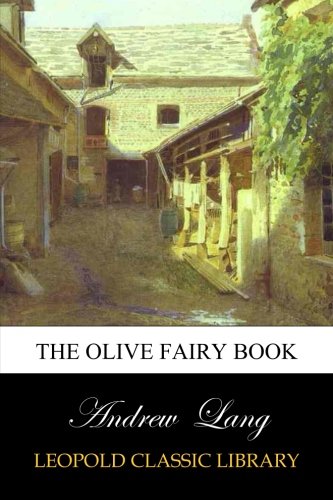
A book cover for The Olive Fairy Book; Andrew Lang; Religion & Spirituality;